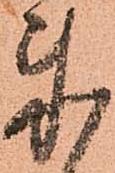
来